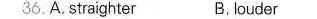
36A. Straighter B. ouder